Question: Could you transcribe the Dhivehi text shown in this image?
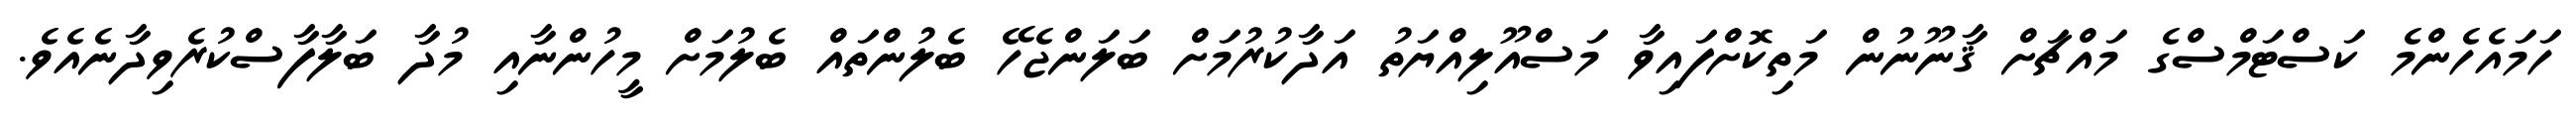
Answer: ހަމައެހެންމެ ކަސްޓަމްސްގެ މައްޗަށް ޤާނޫނުން މަތިކޮށްފައިވާ މަސްއޫލިއްޔަތު އަދާކުރުމަށް ބަލަންޖެހޭ ބެލުންތައް ބެލުމަށް މީހުންނާއި މުދާ ބަލާފާސްކުރެވިދާނެއެވެ.